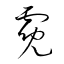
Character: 霓